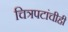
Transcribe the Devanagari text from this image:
चित्रपटांचीही